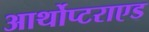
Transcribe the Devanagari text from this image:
आर्थोप्टराएड